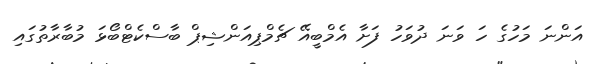
އަންނަ މަހުގެ ހަ ވަނަ ދުވަހު ފަށާ އެމްބީއޭ ޗެމްޕިއަންޝިޕް ބާސްކެޓްބޯޅަ މުބާރާތުގައި